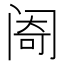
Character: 𬮮